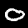
Label: 0